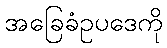
အခြေခံဥပဒေကို